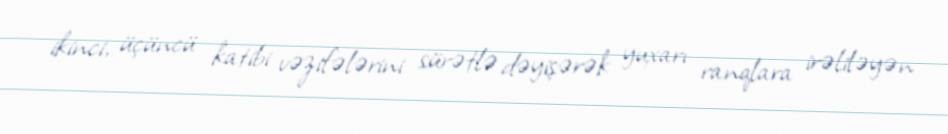
ikinci, üçüncü katibi vəzifələrini sürətlə dəyişərək yuxarı ranqlara irəliləyən